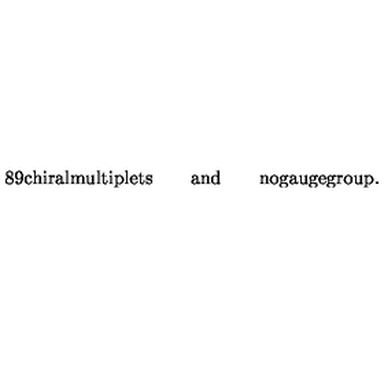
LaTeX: \mathrm { 8 9 c h i r a l m u l t i p l e t s } \qquad \mathrm { a n d } \qquad \mathrm { n o g a u g e g r o u p . }